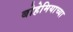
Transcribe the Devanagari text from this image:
बोहेमियाच्या